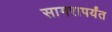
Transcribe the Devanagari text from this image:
सागरापर्यंत